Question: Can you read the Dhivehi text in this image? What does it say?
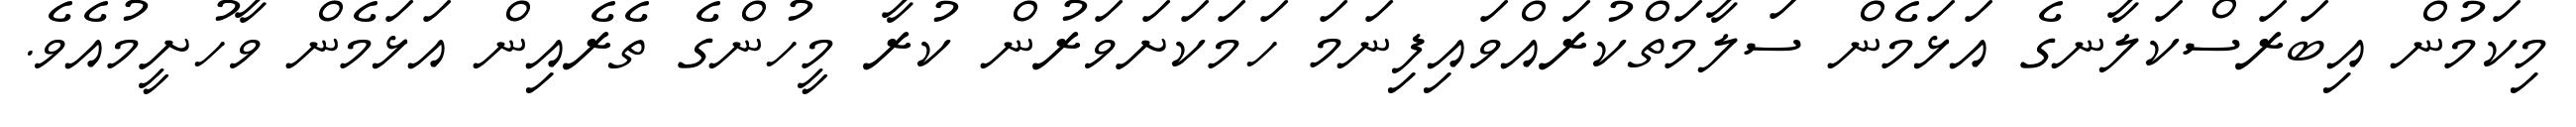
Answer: މިކަމުން އިބަރަސްކަލާނގެ އަޅަމެން ސަލާމަތްކުރައްވައިފިނަމަ ހަމަކަށަވަރުން ކުރާ މީހުންގެ ތެރެއިން އަޅަމެން ވާހުށީމުއެވެ.